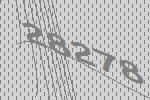
28278